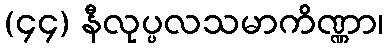
(၄၄) နီလုပ္ပလသမာကိဏ္ဏာ၊